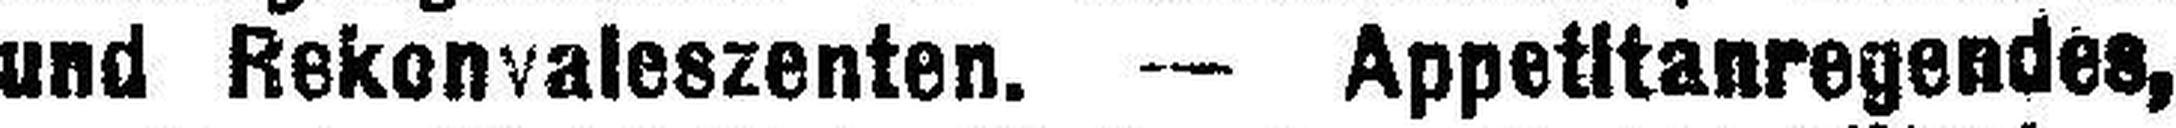
und Rekonvaleszenten. — Appetitanregendes,